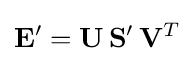
\mathbf {E} '=\mathbf {U} \,\mathbf {S} '\,\mathbf {V} ^{T}